画像に写った文字を読んでください
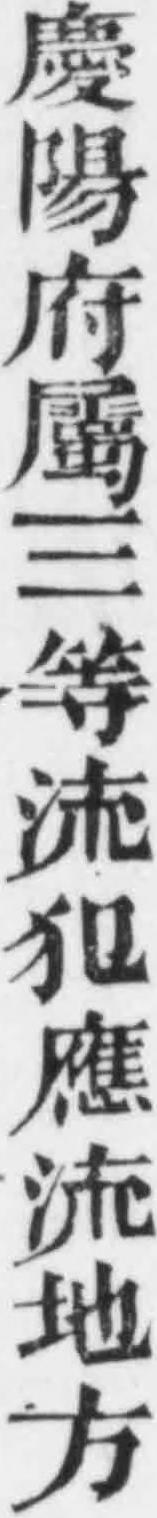
「慶陽府屬三等流犯應流地方」と書いてあります